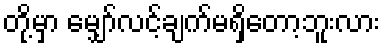
တို့မှာ မျှော်လင့်ချက်မရှိတော့ဘူးလား